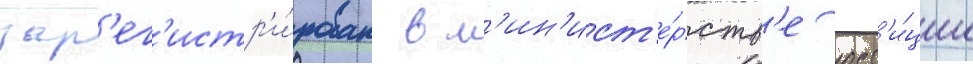
зар'ег'истр'и́рован в м'ин'ист'е́рств'е юст'и́ции